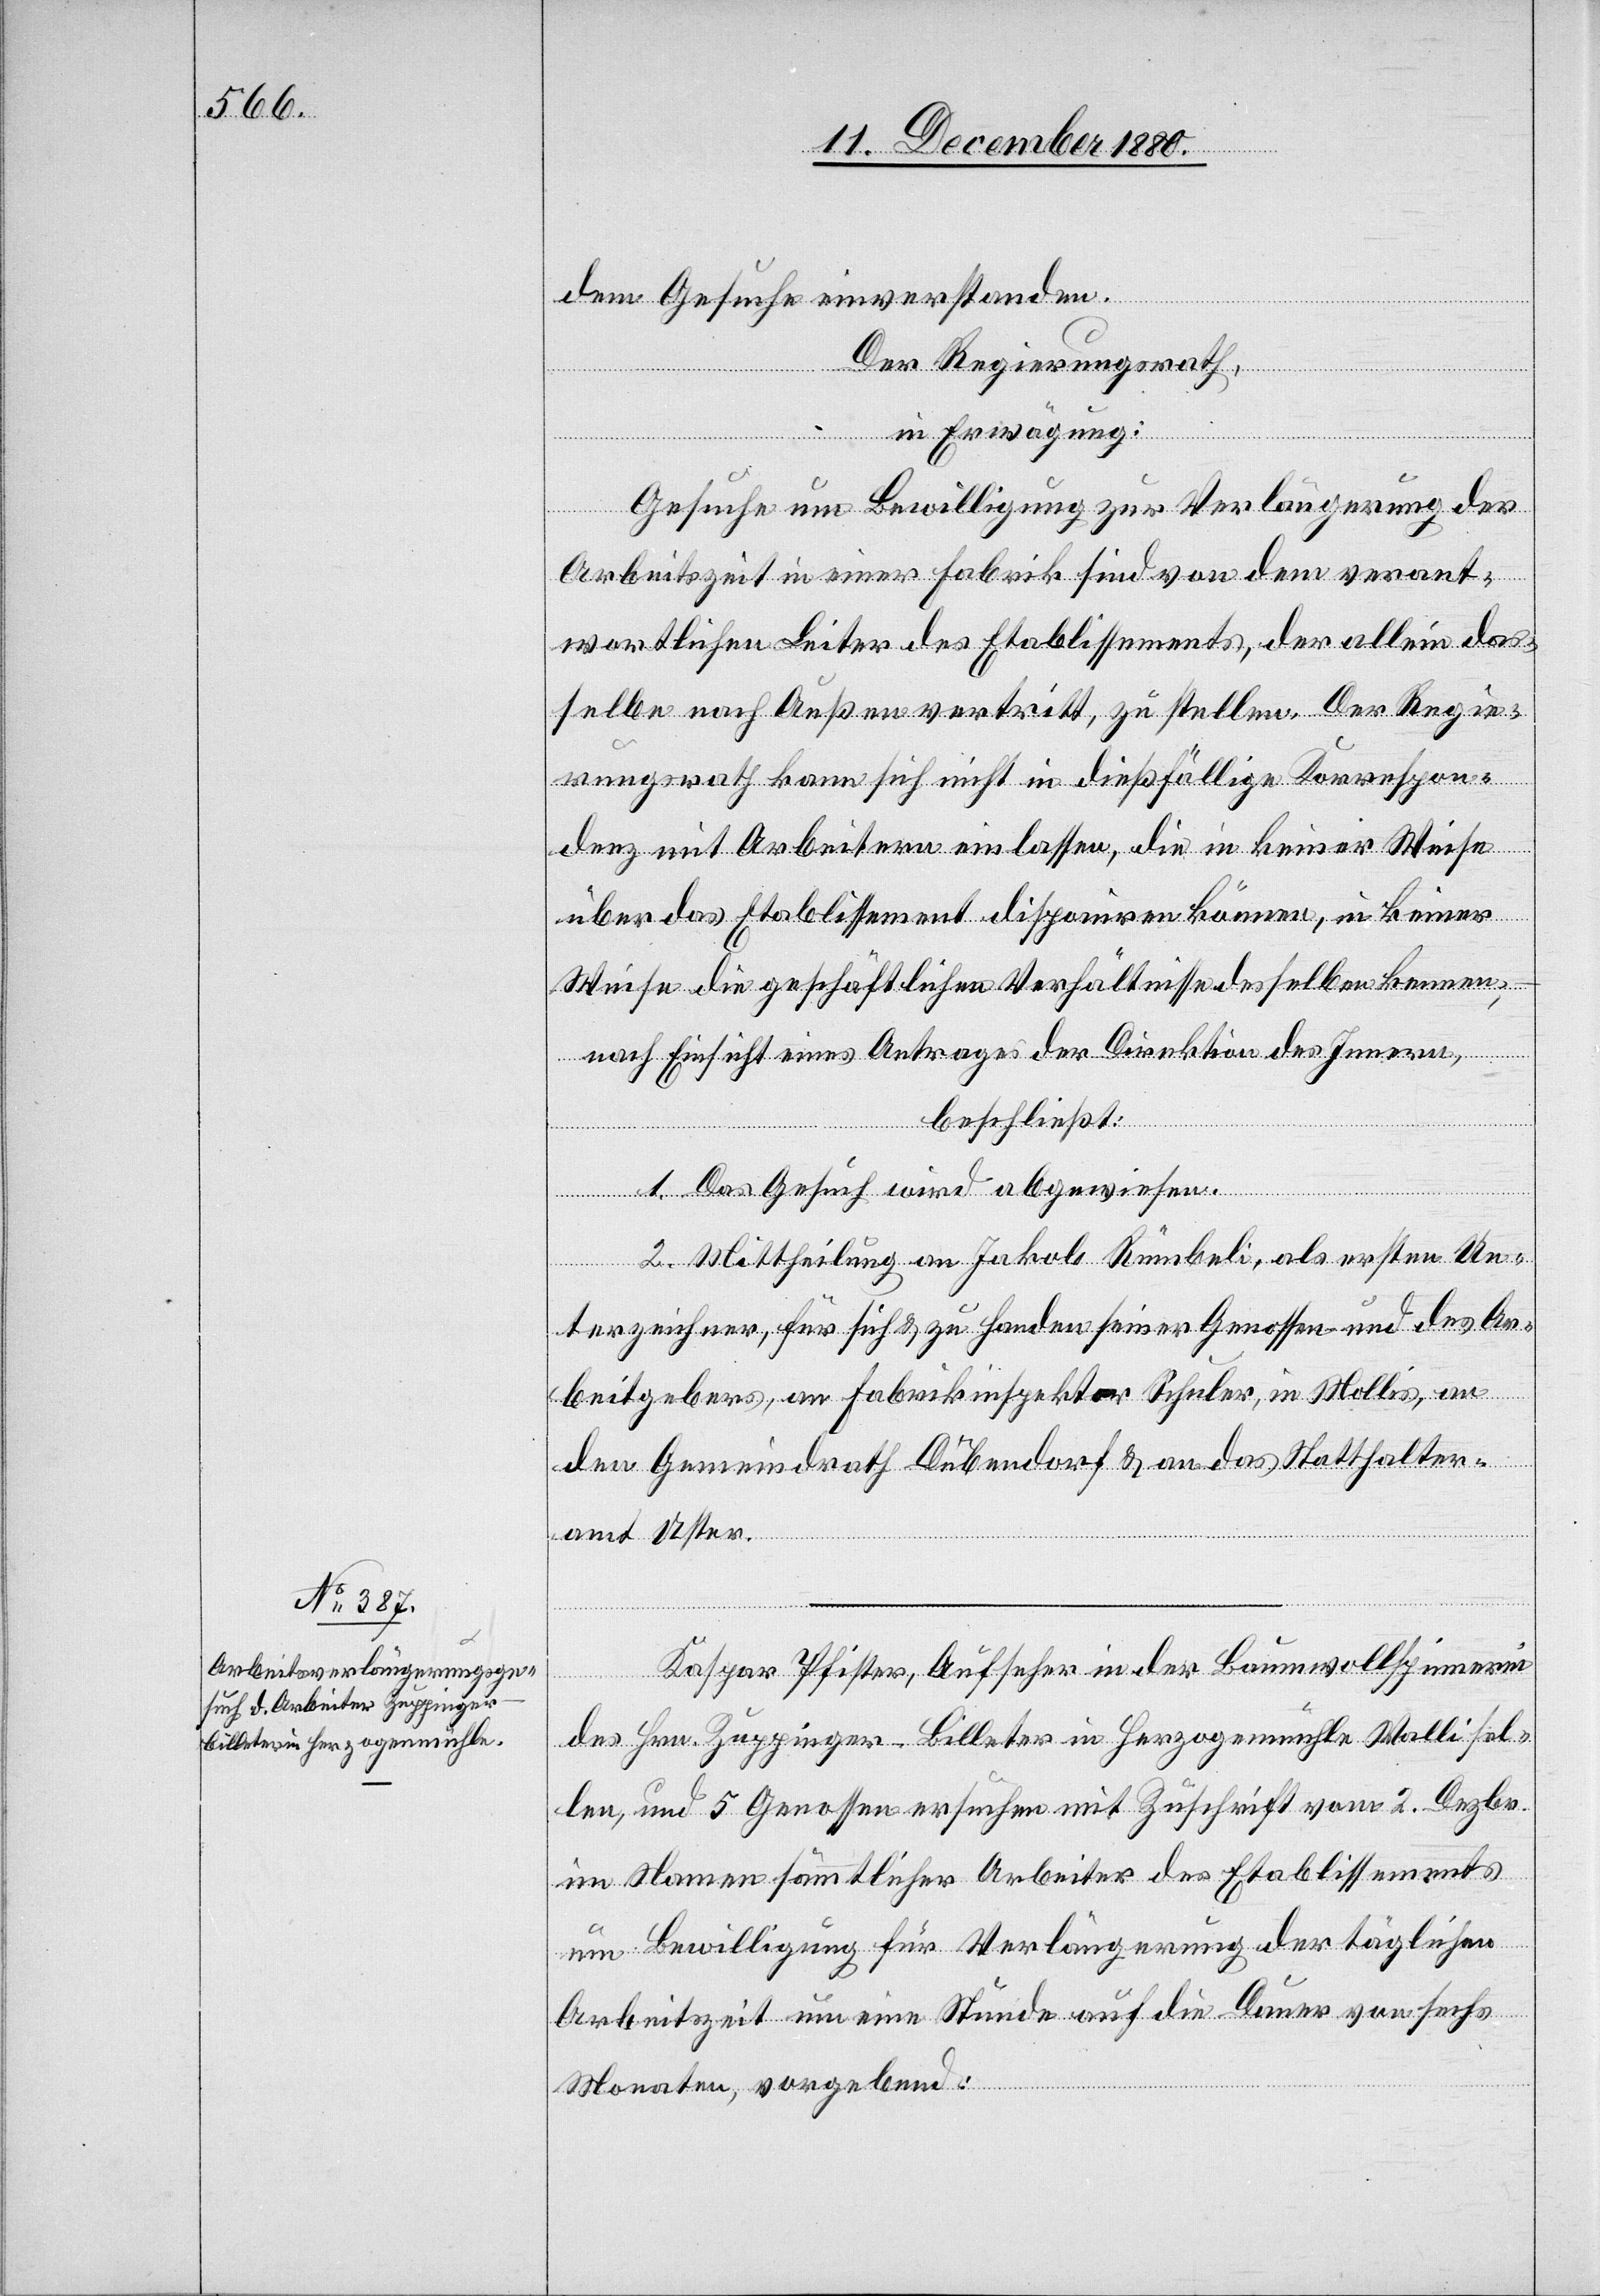
dem Gesuche einverstanden.
Der Regierungsrath,
in Erwägung:
Gesuche um Bewilligung zur Verlängerung der
Arbeitszeit in einer Fabrik sind von dem verant¬
wortlichen Leiter des Etablissements, der allein das¬
selbe nach Außen vertritt, zu stellen. Der Regie¬
rungsrath kann sich nicht in dießfällige Korrespon¬
denz mit Arbeitern einlassen, die in keiner Weise
über das Etablissement disponiren können, in keiner
Weise die geschäftlichen Verhältnisse desselben kennen;
nach Einsicht eines Antrages der Direktion des Innern,
beschließt:
1. Das Gesuch wird abgewiesen.
2. Mittheilung an Jakob Rümbeli, als ersten Un¬
terzeichner, für sich & zu Handen seiner Genossen und des Ar¬
beitgebers, an Fabrikinspektor Schuler, in Mollis, an
den Gemeindrath Dübendorf & an das Statthalter¬
amt Uster.
Kaspar Pfister, Aufseher in der Baumwollspinnerei
des Hrn. Zuppinger-Billeter in Herzogenmühle Wallisel¬
len, und 5 Genossen ersuchen mit Zuschrift vom 2. Dezbr.
im Namen sämmtlicher Arbeiter des Etablissements
um Bewilligung für Verlängerung der täglichen
Arbeitszeit um eine Stunde auf die Dauer von sechs
Monaten, vorgebend: